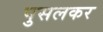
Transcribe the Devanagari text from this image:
पुसलकर